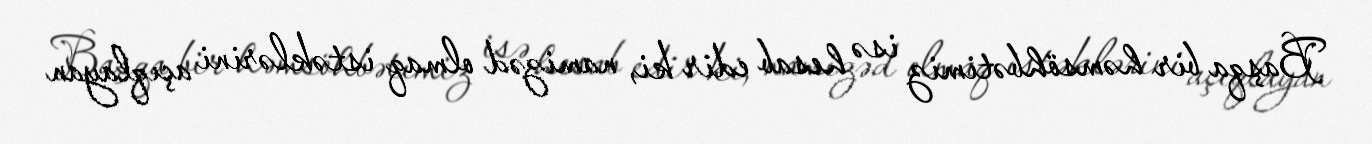
Başqa bir həmsöhbətimiz isə hesab edir ki, namizəd olmaq istəklərini açıqlayan